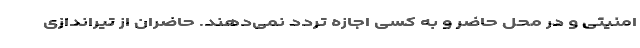
امنیتی و در محل حاضر و به کسی اجازه تردد نمی‌دهند. حاضران از تیراندازی